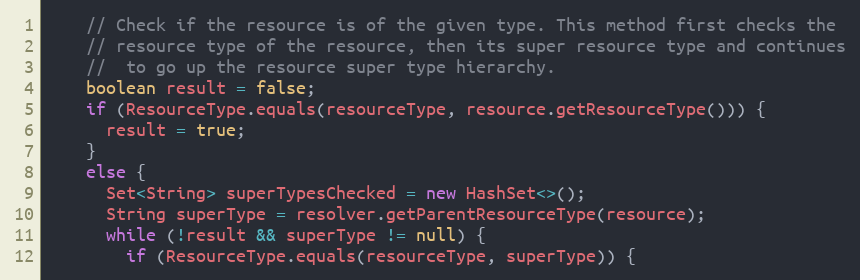
Language: Java
    // Check if the resource is of the given type. This method first checks the
    // resource type of the resource, then its super resource type and continues
    //  to go up the resource super type hierarchy.
    boolean result = false;
    if (ResourceType.equals(resourceType, resource.getResourceType())) {
      result = true;
    }
    else {
      Set<String> superTypesChecked = new HashSet<>();
      String superType = resolver.getParentResourceType(resource);
      while (!result && superType != null) {
        if (ResourceType.equals(resourceType, superType)) {